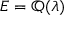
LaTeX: E = \mathbb { Q } ( \lambda )